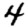
Digit: 4